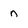
Character: n